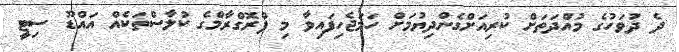
ދެ ދުވަހުގެ މުއްދަތަށް ކުރިއަށްގެންދިޔުމަށް ހަމަޖެހިފައިވާ މި ޕްރޮގްރާމްގެ ކުލާސްތަކެއް އައްޑޫ ސިޓީ